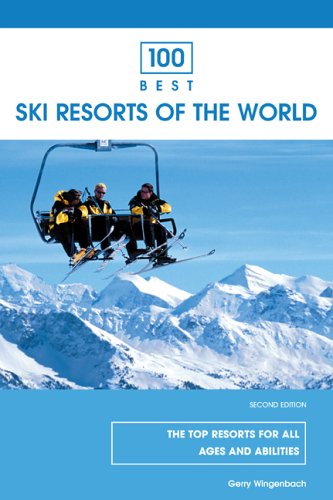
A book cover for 100 Best Ski Resorts of the World, 2nd (100 Best Series); Gerry Wingenbach; Travel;